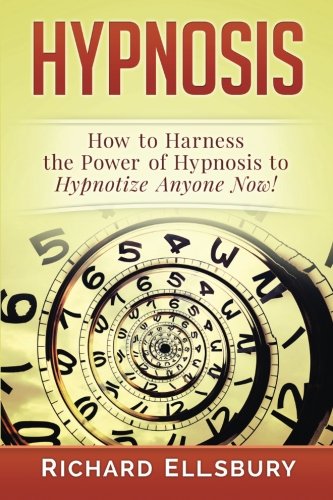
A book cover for Hypnosis: How to Harness the Power of Hypnosis to Hypnotize Anyone Now!; Richard Ellsbury; Self-Help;